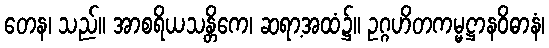
တေန၊ သည်။ အာစရိယသန္တိကေ၊ ဆရာ့အထံ၌။ ဥဂ္ဂဟိတကမ္မဋ္ဌာနဝိဓာနံ၊